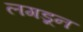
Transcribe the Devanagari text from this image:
लगडून